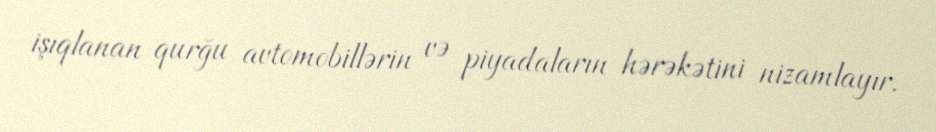
işıqlanan qurğu avtomobillərin və piyadaların hərəkətini nizamlayır.